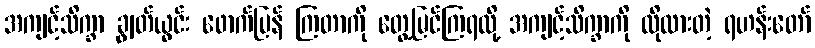
အကျင့်သိက္ခာ ချွတ်ယွင်း ဖောက်ပြန် ကြတာကို တွေ့မြင်ကြရလို့ အကျင့်သိက္ခာကို လိုလားတဲ့ ရဟန်းတော်